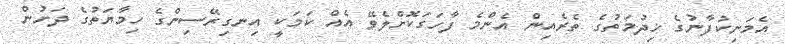
އެމަނިކުފާނުގެ ޚިދުމަތުގެ ތެރެއިން އެންމެ ފާހަގަކޮށްލެވޭ އެއް ކަމަކީ އިނގިރޭސިންގެ ހިމާޔަތުގެ ދަށުން